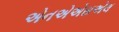
એનએએસએલ